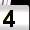
Digit: 4